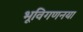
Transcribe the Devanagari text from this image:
भूविगणनया